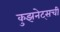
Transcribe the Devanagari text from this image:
कुझनेट्सची